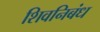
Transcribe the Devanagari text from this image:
शिवनिबंध